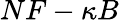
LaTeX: NF-\kappa B